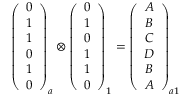
\begin{array} { r } { \left( \begin{array} { c } { 0 } \\ { 1 } \\ { 1 } \\ { 0 } \\ { 1 } \\ { 0 } \end{array} \right) _ { a } \otimes \left( \begin{array} { c } { 0 } \\ { 1 } \\ { 0 } \\ { 1 } \\ { 1 } \\ { 0 } \end{array} \right) _ { 1 } = \left( \begin{array} { c } { A } \\ { B } \\ { C } \\ { D } \\ { B } \\ { A } \end{array} \right) _ { a 1 } } \end{array}